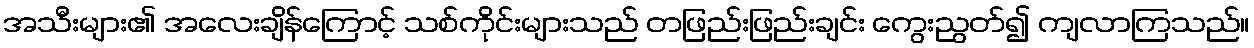
အသီးများ၏ အလေးချိန်ကြောင့် သစ်ကိုင်းများသည် တဖြည်းဖြည်းချင်း ကွေးညွတ်၍ ကျလာကြသည်။